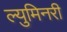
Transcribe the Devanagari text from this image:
ल्युमिनरी